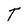
Character: T